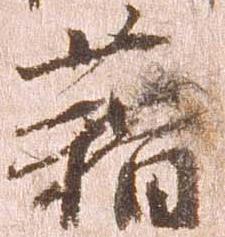
藉